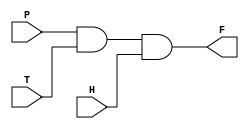
// WARNING: Do NOT edit the input and output ports in this file in a text
// editor if you plan to continue editing the block that represents it in
// the Block Editor! File corruption is VERY likely to occur.

// Copyright (C) 2022  Intel Corporation. All rights reserved.
// Your use of Intel Corporation's design tools, logic functions
// and other software and tools, and any partner logic
// functions, and any output files from any of the foregoing
// (including device programming or simulation files), and any
// associated documentation or information are expressly subject
// to the terms and conditions of the Intel Program License
// Subscription Agreement, the Intel Quartus Prime License Agreement,
// the Intel FPGA IP License Agreement, or other applicable license
// agreement, including, without limitation, that your use is for
// the sole purpose of programming logic devices manufactured by
// Intel and sold by Intel or its authorized distributors.  Please
// refer to the applicable agreement for further details, at
// https://fpgasoftware.intel.com/eula.


// Generated by Quartus Prime Version 21.1 (Build Build 850 06/23/2022)
// Created on Fri Feb 17 14:53:13 2023

//  Module Declaration
module powersaving
(
	// {{ALTERA_ARGS_BEGIN}} DO NOT REMOVE THIS LINE!
	P, T, H, F
	// {{ALTERA_ARGS_END}} DO NOT REMOVE THIS LINE!
);
// Port Declaration

	// {{ALTERA_IO_BEGIN}} DO NOT REMOVE THIS LINE!
	input P;
	input T;
	input H;
	output F;
	// {{ALTERA_IO_END}} DO NOT REMOVE THIS LINE!
assign F = P & T & H;


endmodule